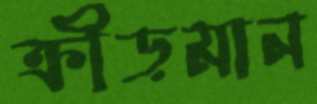
ক্রীড়মান